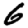
Digit: 6